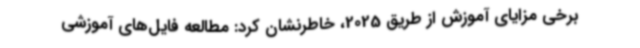
برخی مزایای آموزش از طریق 2025، خاطرنشان کرد: مطالعه فایل‌های آموزشی